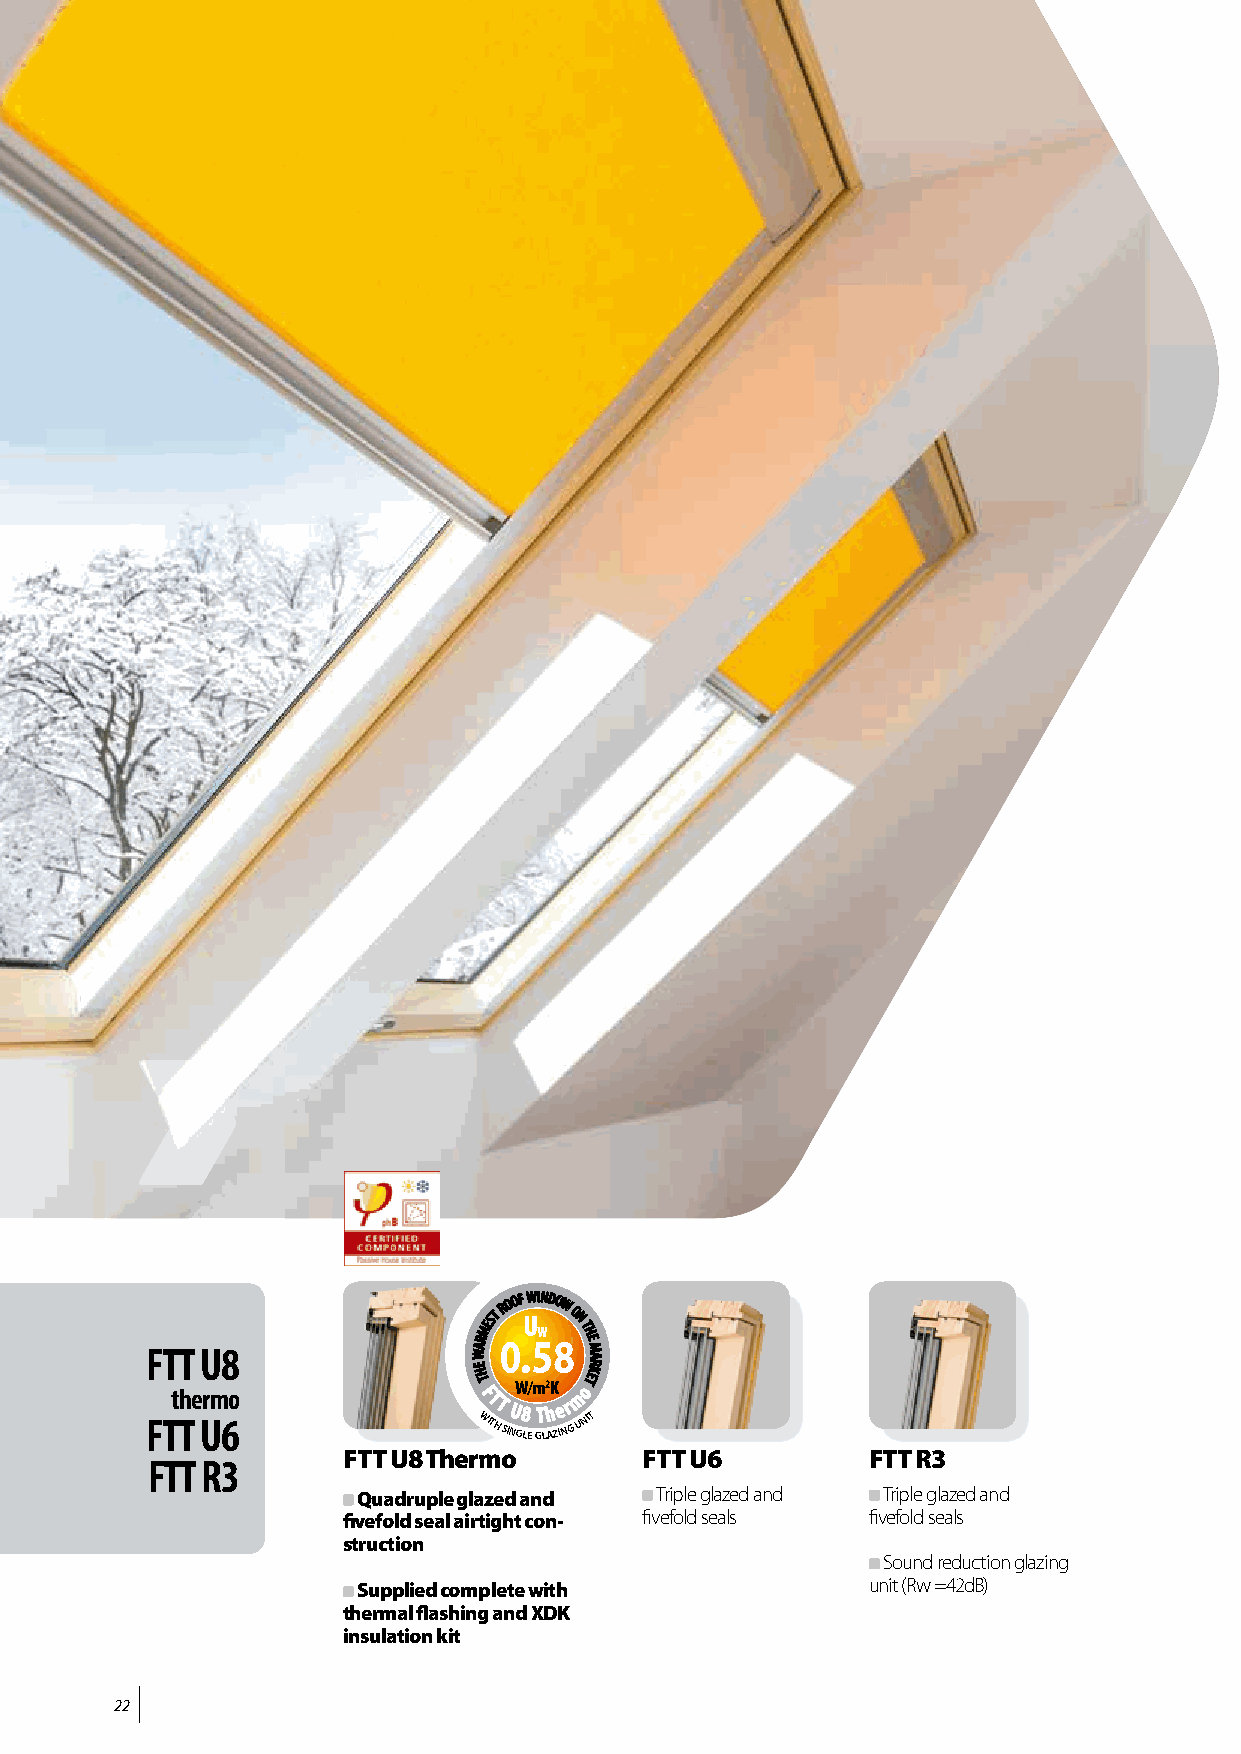
MEST
 ROOF WINDOW
 O
 N
 T
 F FT TtT
 The
 U Urm8
 6o
 W
 E
 HAR
 T
 F WT ITHT
 S
 IU NG8
 LE
 GT LAh ZIe Nr
 G
 m
 UoH TE
 NE
 IM KAR
 T
 FTT U8 Thermo      FTT U6         FTT R3
 FTT R3
 Quadruple glazed and Triple glazed and Triple glazed and
 fivefold seal airtight con- fivefold seals fivefold seals
 struction
 Sound reduction glazing
 Supplied complete with           unit (Rw =42dB)
 thermal flashing and XDK
 insulation kit
 22
 10